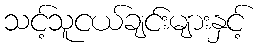
သင့်သူငယ်ချင်းများနှင့်